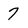
Character: 7